Vaccination in Bombay 1913-1923 - 1913-1923
Year: 1913
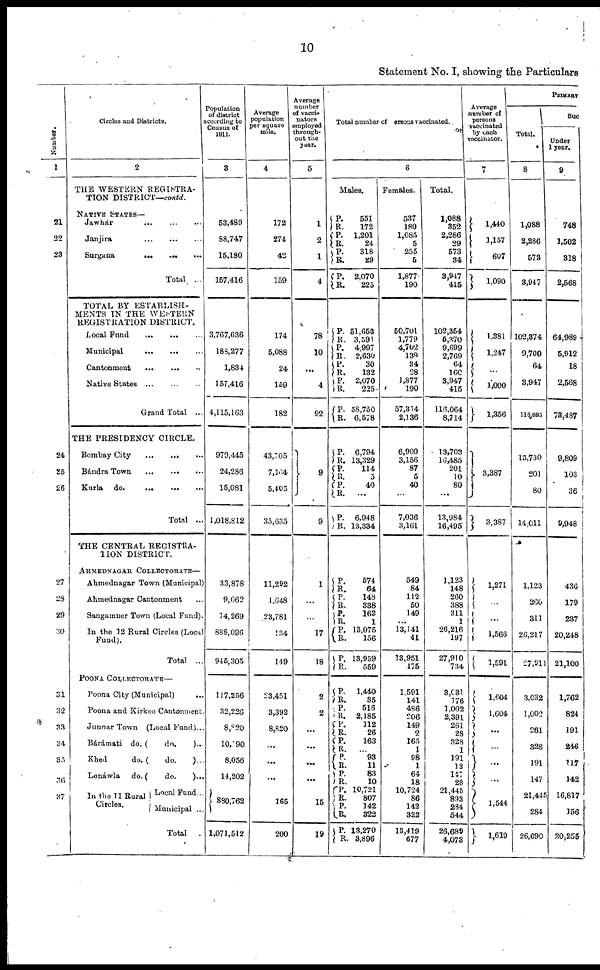
10
Statement No. I, showing the Particulars
Number.
1
21
22
23
24
25
26
27
23
29
30
31
32
33
34
35
36
37
Circles and Districts.
2
THE WESTERN REGISTRA-
TION DISTRICT—contd.
NATIVE STATES—
Jawhár ... ... ...
Janjira
...
...
...
Surgana
...
...
...
Total ...
TOTAL BY ESTABLISH-
MENTS IN THE WESTERN
REGISTRATION DISTRICT.
Local Fund
...
...
...
Municipal
...
...
...
Cantonment
...
...
...
Native States
...
...
...
Grand Total ...
THE PRESIDENCY CIRCLE.
Bombay City
...
...
...
Bándra Town
...
...
...
Kurla do.
...
...
...
Total ..
THE CENTRAL REGISTRA¬
TION DISTRICT.
AHMEDNAGAR COLLECTORATE—
Ahmednagar Town (Municipal)
Ahmednagar Cantonment ...
Sangamner Town (Local Fund) .
In the 12 Rural Circles (Local
Fund).
Total ...
POONA COLLECTORATE—
Poona City (Municipal) ...
Poona and Kirkee Cantonment .
Junnar Town (Local Fund)...
Bárámati do. (
do.
)...
Khed
do. (
do.
)...
Lonáwla
do. (
do.
)...
In the 11 Rural
Circles.
Local Fund...
Municipal ...
Total .
Population
of district
according to
Census of
1911.
3
53,489
88,747
15,180
157,416
3,767,636
188,277
1,834
157,416
4,115,163
979,445
24,286
15,081
1,018,812
33,878
9,062
14,269
888,096
945,305
117,256
32,226
8,820
10,190
8,056
14,202
880,762
1,071,512
Average
population
per square
mile.
4
172
274
42
159
174
5,088
24
159
182
43,705
7,164
5,405
35,635
11,292
1,648
23,781
134
149
23,451
3,392
8,820
...
...
...
165
200
Average
number
of vacci¬
nators
employed
through-
out the
year.
5
1
2
1
4
78
10
...
4
92
9
9
1
...
...
17
18
2
2
...
...
...
...
15
19
Total number of persons vaccinated.
6
Males.
P.
R.
P.
R.
P.
R.
P.
R.
551
172
1,201
24
318
29
2,070
225
P.
R. P.
R. P.
R. P.
R.
P.
R.
51,653
3,591
4,997
2,630
30
132
2,070
225
58,750
6,578
P.
R.
P.
R.
P.
R.
P.
R.
6,794
13,329
114
5
40
...
6,948
13,334
P.
R.
P.
R.
P.
R.
P.
R.
P.
R.
574
64
148
338
162
1
13,075
156
13,959
559
P.
R.
P.
R.
P.
R.
P.
R.
P.
R.
P.
R.
P.
R.
P.
R.
P.
R.
1,440
35
516
2,185
112
26
163
...
93
11
83
10
10,721
807
142
322
13,270
3,896
Females.
537
180
1,085
5
255
5
1,877
190
50,701
1,779
4,702
139
34
28
1,877
190
57,314
2,136
6,909
3,156
87
5
40
...
7,036
3,161
549
84
112
50
149
...
13,141
41
13,951
175
1,591
141
486
206
149
2
165
1
98
1
64
18
10,724
86
142
322
13,419
677
Total.
1,088
352
2,286
29
573
34
3,947
415
102,354
6,370
9,699
2,769
64
160
3,947
415
116,064
8,714
13,703
16,485
201
10
80
...
13,984
16,495
1,123
148
260
388
311
1
26,216
197
27,910
734
3,031
176
1,002
2,391
261
28
328
1
191
12
147
28
21,445
893
284
544
26,689
4,078
Average
number of
persons
by each
vaccinator.
7
1,440
1,157
607
1,090
1,381
1,247
...
1,090
1,356
3,387
3,387
1,271
...
...
1,566
1,591
1,604
1,604
...
...
...
...
1,544
1,619
PRIMARY
Total.
8
1,088
2,286
573
3,947
102,374
9,700
64
3,947
116,085
13,730
201
80
14,011
1,123
260
311
26,217
27,911
3,032
1,002
261
328
191
147
21,445
284
26,690
Suc
Under
1 year.
9
748
1,502
318
2,568
64,989
5,912
18
2,568
73,487
9,809
103
36
9,948
436
179
237
20,248
21,100
1,762
824
191
246
117
142
16,817
156
20,255